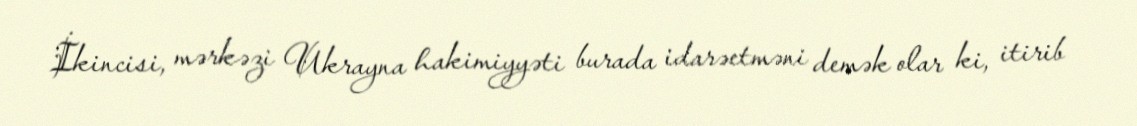
İkincisi, mərkəzi Ukrayna hakimiyyəti burada idarəetməni demək olar ki, itirib